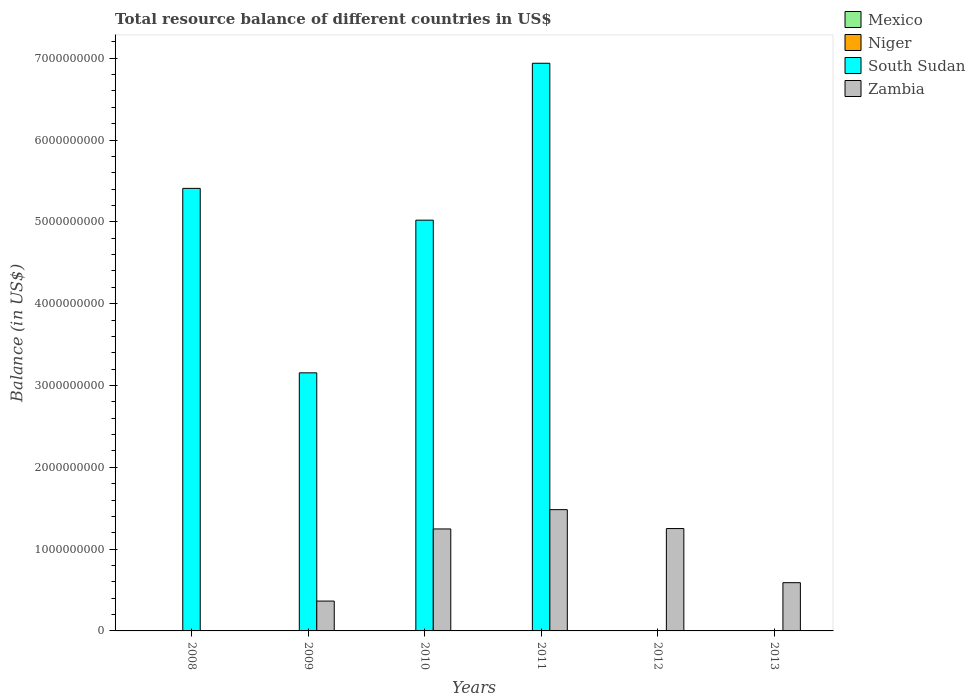
| Years | Mexico | Niger | South Sudan | Zambia |
 | --- | --- | --- | --- | --- |
 | 2008 | -2.51e+10 | -9.7e+08 | 5.41e+09 | -2.89e+08 |
 | 2009 | -1.32e+10 | -1.43e+09 | 3.15e+09 | 3.65e+08 |
 | 2010 | -1.26e+10 | -1.54e+09 | 5.02e+09 | 1.25e+09 |
 | 2011 | -1.46e+10 | -1.72e+09 | 6.94e+09 | 1.48e+09 |
 | 2012 | -1.33e+10 | -1.22e+09 | -3.64e+09 | 1.25e+09 |
 | 2013 | -1.12e+10 | -1.26e+09 | -2.91e+09 | 5.9e+08 |